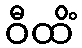
ဝီထိံ